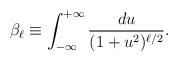
\begin{align*}\beta_{\ell}\equiv\int_{-\infty}^{+\infty}\frac{du}{(1+u^2)^{\ell/2}} .\end{align*}